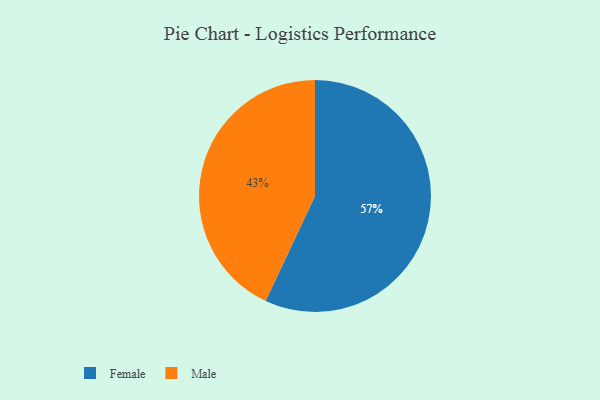
{"axis": {"x": "Category", "y": "Percentage"}, "legend": ["Female", "Male"], "data": [{"x": "Female", "y": 57, "type": "Female"}, {"x": "Male", "y": 43, "type": "Male"}]}